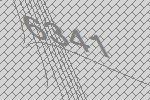
6341